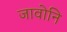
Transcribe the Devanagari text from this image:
जावोनि